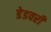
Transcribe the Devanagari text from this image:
डेडवरी